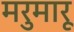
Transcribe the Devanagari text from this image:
मरुमारू